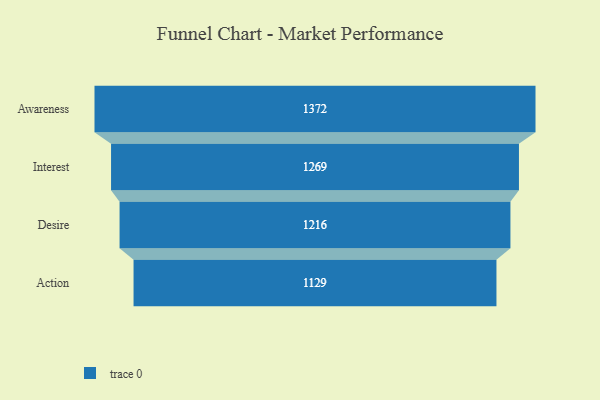
{"axis": {"x": "Stage", "y": "Value"}, "legend": [""], "data": [{"x": "Awareness", "y": 1372.0, "type": ""}, {"x": "Interest", "y": 1269.0, "type": ""}, {"x": "Desire", "y": 1216.0, "type": ""}, {"x": "Action", "y": 1129.0, "type": ""}]}